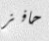
حافز